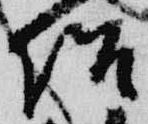
侶